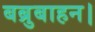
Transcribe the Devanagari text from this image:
बब्रुबाहन।